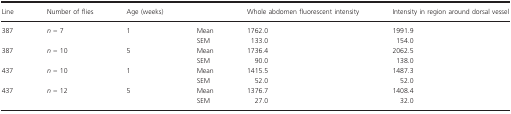
| Line | Number of flies | Age (weeks) |  | Whole abdomen fluorescent intensity | Intensity in region around dorsal vessel |
 | --- | --- | --- | --- | --- | --- |
 | <ROWSPAN=2> 387 | <ROWSPAN=2> n = 7 | <ROWSPAN=2> 1 | Mean | 1762.0 | 1991.9 |
 | SEM | 133.0 | 154.0 |
 | <ROWSPAN=2> 387 | <ROWSPAN=2> n = 10 | <ROWSPAN=2> 5 | Mean | 1736.4 | 2062.5 |
 | SEM | 90.0 | 138.0 |
 | <ROWSPAN=2> 437 | <ROWSPAN=2> n = 10 | <ROWSPAN=2> 1 | Mean | 1415.5 | 1487.3 |
 | SEM | 52.0 | 52.0 |
 | <ROWSPAN=2> 437 | <ROWSPAN=2> n = 12 | <ROWSPAN=2> 5 | Mean | 1376.7 | 1408.4 |
 | SEM | 27.0 | 32.0 |